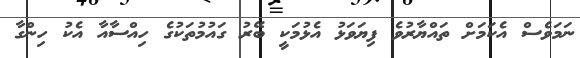
ނަމަވެސް އެކަމަށް ތައްޔާރުވެ ފިޔަވަޅު އެޅުމަކީ ބޭރު ގައުމުތަކުގެ ހިއްސާއާ އެކު ހިންގާ